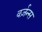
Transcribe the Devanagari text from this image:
वर्ज़न्स